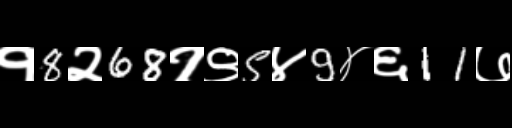
Text: १8२68१९5४9४६11७